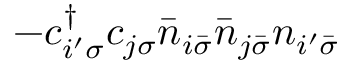
- c _ { i ^ { \prime } \sigma } ^ { \dagger } c _ { j \sigma } \bar { n } _ { i \bar { \sigma } } \bar { n } _ { j \bar { \sigma } } n _ { i ^ { \prime } \bar { \sigma } }